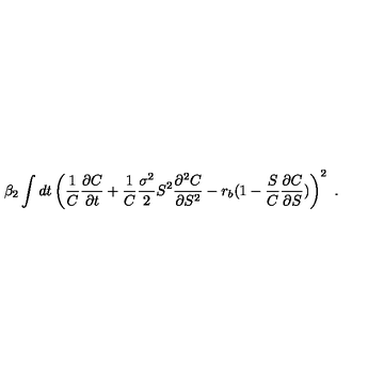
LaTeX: \beta _ { 2 } \int d t \left( \frac 1 C \frac { \partial C } { \partial t } + \frac 1 C \frac { \sigma ^ { 2 } } { 2 } S ^ { 2 } \frac { \partial ^ { 2 } C } { \partial S ^ { 2 } } - r _ { b } ( 1 - \frac S C \frac { \partial C } { \partial S } ) \right) ^ { 2 } \ .